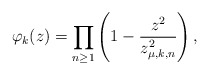
\begin{align*}\varphi_{k}(z)=\prod_{n\geq1}\left(1-\frac{z^2}{z_{\mu,k,n}^2}\right),\end{align*}